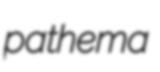
pathema